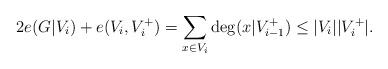
LaTeX: \begin{align*} 2e(G|V_i)+ e(V_i, V_i^+ )=\sum_{x\in V_i} \deg(x| V_{i-1}^+)\leq |V_i||V_i^+|. \end{align*}